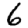
Digit: 6